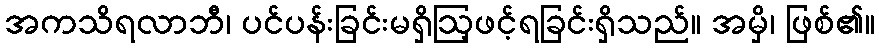
အကသိရလာဘီ၊ ပင်ပန်းခြင်းမရှိဩ့ဖင့်ရခြင်းရှိသည်။ အမှိ၊ ဖြစ်၏။